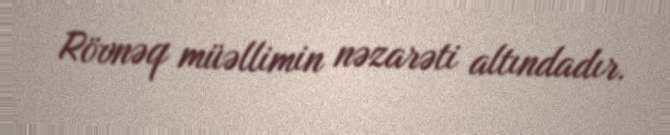
Rövnəq müəllimin nəzarəti altındadır.